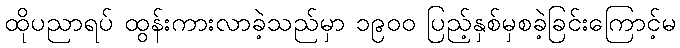
ထိုပညာရပ် ထွန်းကားလာခဲ့သည်မှာ ၁၉၀၀ ပြည့်နှစ်မှစခဲ့ခြင်းကြောင့်မ